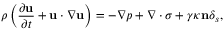
\rho \left( \frac { \partial \mathbf { u } } { \partial t } + \mathbf { u } \cdot \boldsymbol { \nabla } \mathbf { u } \right) = - \boldsymbol { \nabla } p + \boldsymbol { \nabla } \cdot \boldsymbol { \sigma } + \gamma \kappa \mathbf { n } \delta _ { s } ,